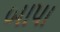
બાપા